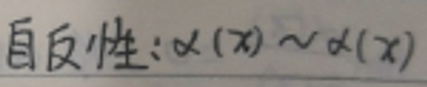
自反性：\(\alpha(x) \sim \alpha(x)\)